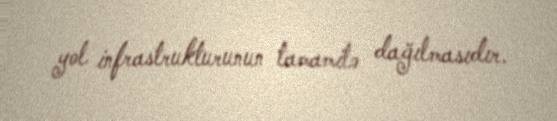
yol infrastrukturunun tamamilə dağılmasıdır.